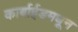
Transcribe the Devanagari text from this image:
कार्बाईडमधून